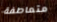
متعاطفة